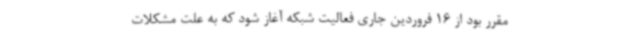
مقرر بود از 16 فروردین جاری فعالیت شبکه آغاز شود که به علت مشکلات